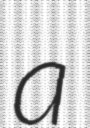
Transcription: a